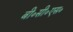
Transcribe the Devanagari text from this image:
बी॰सी॰एस॰